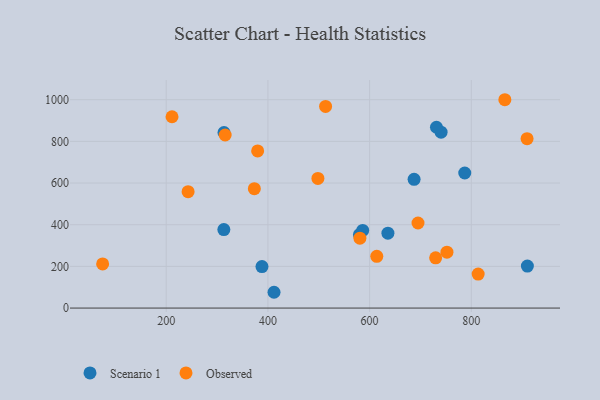
{"axis": {"x": "Speed", "y": "Fuel Efficiency"}, "legend": ["Observed", "Scenario 1"], "data": [{"x": "580.0", "y": 352.4, "type": "Scenario 1"}, {"x": "740.6", "y": 844.0, "type": "Scenario 1"}, {"x": "731.5", "y": 867.7, "type": "Scenario 1"}, {"x": "313.6", "y": 842.7, "type": "Scenario 1"}, {"x": "388.3", "y": 199.3, "type": "Scenario 1"}, {"x": "412.0", "y": 75.8, "type": "Scenario 1"}, {"x": "910.3", "y": 201.5, "type": "Scenario 1"}, {"x": "636.0", "y": 359.3, "type": "Scenario 1"}, {"x": "687.5", "y": 618.1, "type": "Scenario 1"}, {"x": "586.4", "y": 372.6, "type": "Scenario 1"}, {"x": "787.1", "y": 648.2, "type": "Scenario 1"}, {"x": "313.3", "y": 376.5, "type": "Scenario 1"}, {"x": "315.9", "y": 830.6, "type": "Observed"}, {"x": "498.3", "y": 622.4, "type": "Observed"}, {"x": "373.3", "y": 573.2, "type": "Observed"}, {"x": "909.7", "y": 812.8, "type": "Observed"}, {"x": "866.0", "y": 999.9, "type": "Observed"}, {"x": "813.5", "y": 163.2, "type": "Observed"}, {"x": "379.8", "y": 754.3, "type": "Observed"}, {"x": "752.1", "y": 268.1, "type": "Observed"}, {"x": "695.2", "y": 408.3, "type": "Observed"}, {"x": "729.9", "y": 240.9, "type": "Observed"}, {"x": "243.0", "y": 558.4, "type": "Observed"}, {"x": "580.9", "y": 335.3, "type": "Observed"}, {"x": "74.9", "y": 211.8, "type": "Observed"}, {"x": "614.1", "y": 248.2, "type": "Observed"}, {"x": "211.4", "y": 918.2, "type": "Observed"}, {"x": "513.4", "y": 967.9, "type": "Observed"}]}